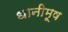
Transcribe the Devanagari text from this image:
धानीमूष